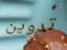
تدوين